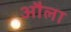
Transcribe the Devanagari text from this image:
औला